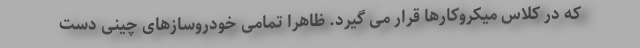
که در کلاس میکروکارها قرار می گیرد. ظاهرا تمامی خودروسازهای چینی دست